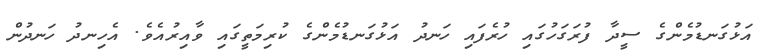
އަޅުގަނޑުމެންގެ ސީދާ ފުރަގަހުގައި ހުރެފައި ހަނދު އަޅުގަނޑުމެންގެ ކުރިމަތީގައި ވާއިރުއެވެ. އެހިނދު ހަނދުން